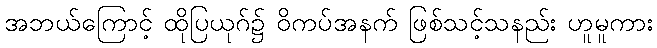
အဘယ်ကြောင့် ထိုပြယုဂ်၌ ဝိကပ်အနက် ဖြစ်သင့်သနည်း ဟူမူကား